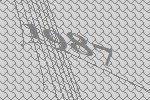
1987